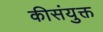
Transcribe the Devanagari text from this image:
कीसंयुक्त